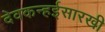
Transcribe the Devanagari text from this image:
देवकन्हईसारखी